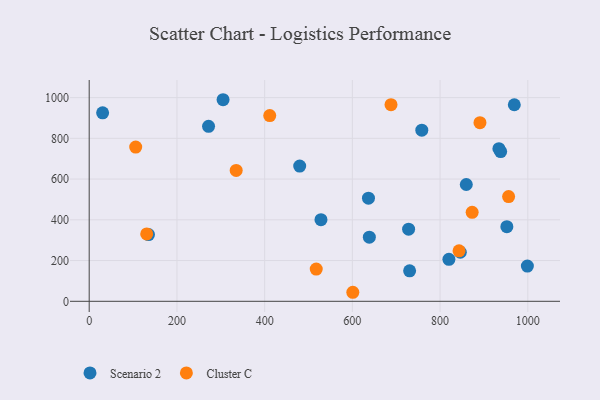
{"axis": {"x": "Experience", "y": "Salary"}, "legend": ["Cluster C", "Scenario 2"], "data": [{"x": "938.1", "y": 734.9, "type": "Scenario 2"}, {"x": "638.7", "y": 315.0, "type": "Scenario 2"}, {"x": "135.2", "y": 327.8, "type": "Scenario 2"}, {"x": "636.7", "y": 506.5, "type": "Scenario 2"}, {"x": "934.1", "y": 749.5, "type": "Scenario 2"}, {"x": "758.3", "y": 840.2, "type": "Scenario 2"}, {"x": "730.5", "y": 149.4, "type": "Scenario 2"}, {"x": "272.1", "y": 859.1, "type": "Scenario 2"}, {"x": "728.2", "y": 354.2, "type": "Scenario 2"}, {"x": "846.1", "y": 240.8, "type": "Scenario 2"}, {"x": "528.4", "y": 400.8, "type": "Scenario 2"}, {"x": "479.9", "y": 663.7, "type": "Scenario 2"}, {"x": "952.2", "y": 366.6, "type": "Scenario 2"}, {"x": "305.2", "y": 989.6, "type": "Scenario 2"}, {"x": "999.0", "y": 172.8, "type": "Scenario 2"}, {"x": "859.7", "y": 573.5, "type": "Scenario 2"}, {"x": "969.2", "y": 965.0, "type": "Scenario 2"}, {"x": "820.1", "y": 206.0, "type": "Scenario 2"}, {"x": "30.6", "y": 925.2, "type": "Scenario 2"}, {"x": "956.2", "y": 514.3, "type": "Cluster C"}, {"x": "517.6", "y": 158.2, "type": "Cluster C"}, {"x": "131.1", "y": 330.7, "type": "Cluster C"}, {"x": "873.1", "y": 437.0, "type": "Cluster C"}, {"x": "890.9", "y": 877.0, "type": "Cluster C"}, {"x": "688.1", "y": 965.3, "type": "Cluster C"}, {"x": "411.6", "y": 911.7, "type": "Cluster C"}, {"x": "601.0", "y": 44.3, "type": "Cluster C"}, {"x": "335.1", "y": 642.5, "type": "Cluster C"}, {"x": "843.2", "y": 248.0, "type": "Cluster C"}, {"x": "106.0", "y": 757.3, "type": "Cluster C"}]}